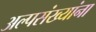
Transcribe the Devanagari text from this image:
अल्पसंख्यांना